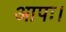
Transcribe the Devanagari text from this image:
आपः।